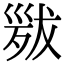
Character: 𢀁